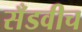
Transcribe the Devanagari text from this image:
सँडवीच